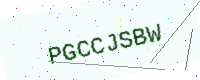
Text: PGCCJSBW